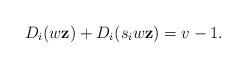
LaTeX: \begin{align*} D_i (w\mathbf{z}) + D_i (s_i w\mathbf{z}) = v - 1 . \end{align*}